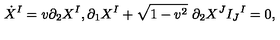
\dot { X } ^ { I } = v \partial _ { 2 } X ^ { I } , \partial _ { 1 } X ^ { I } + \sqrt { 1 - v ^ { 2 } } \ \partial _ { 2 } X ^ { J } I _ { J } { } ^ { I } = 0 ,